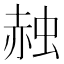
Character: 赨